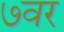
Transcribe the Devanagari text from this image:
७वर